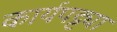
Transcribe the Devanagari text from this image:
कार्यपट्ट्या